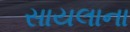
સાયલાના